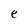
Character: e